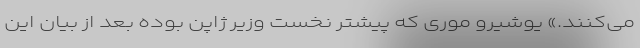
می‌کنند.» یوشیرو موری که پیشتر نخست وزیر ژاپن بوده بعد از بیان این